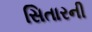
સિતારની